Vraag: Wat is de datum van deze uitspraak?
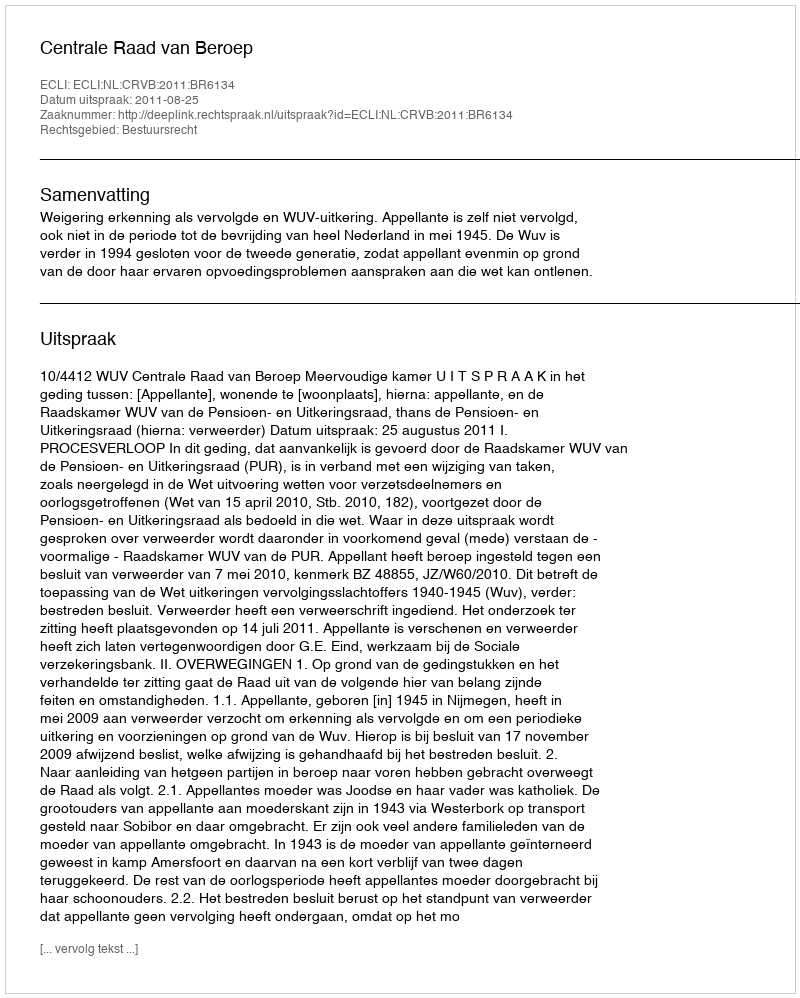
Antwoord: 2011-08-25